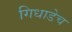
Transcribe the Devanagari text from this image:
गिधाडेच